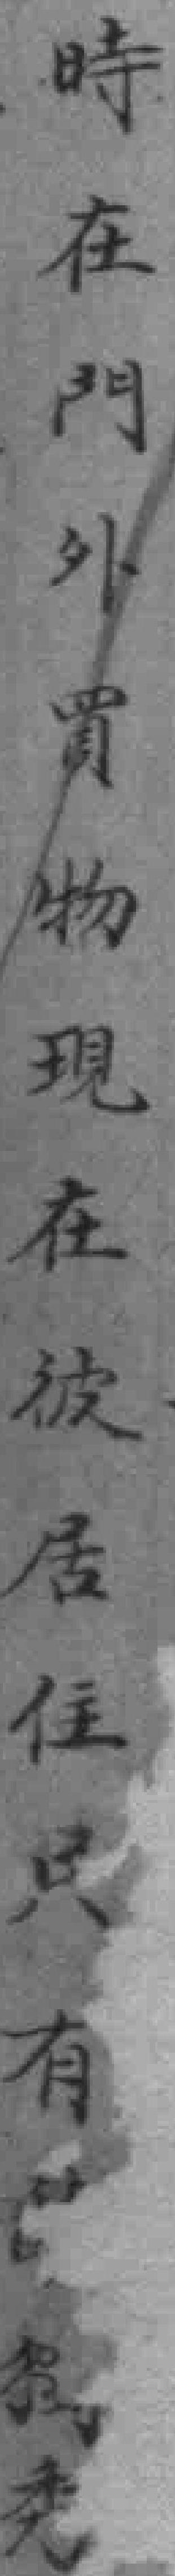
時在門外胃物现在彼居住只有*秀